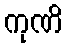
ကုဏိ